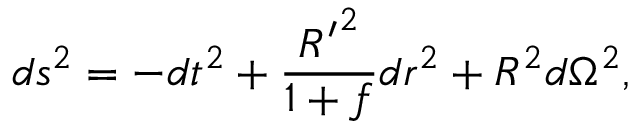
d { s ^ { 2 } } = - d { t ^ { 2 } } + { \frac { { R ^ { \prime } } ^ { 2 } } { 1 + f } } d { r ^ { 2 } } + { R ^ { 2 } } d { \Omega ^ { 2 } } ,